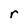
Character: r